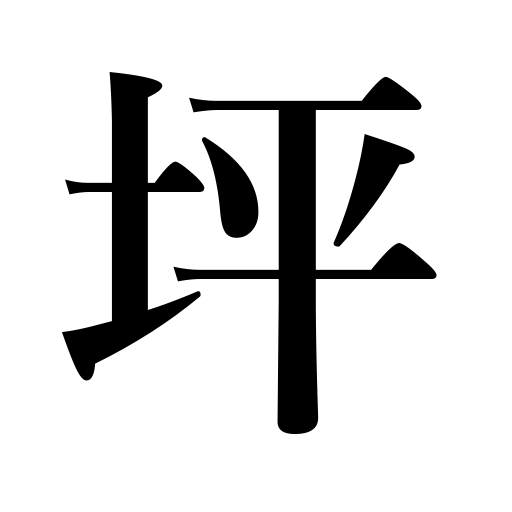
Meanings: area about 36 square feet